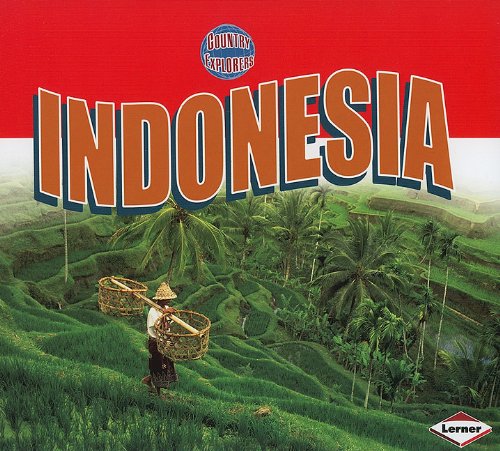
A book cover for Indonesia (Country Explorers); Robin Lim; Children's Books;